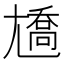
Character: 𡰑